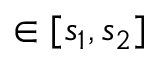
\in [ s _ { 1 } , s _ { 2 } ]